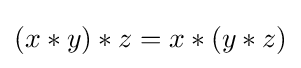
(x*y)*z=x*(y*z)